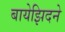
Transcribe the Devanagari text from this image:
बायेझिदने